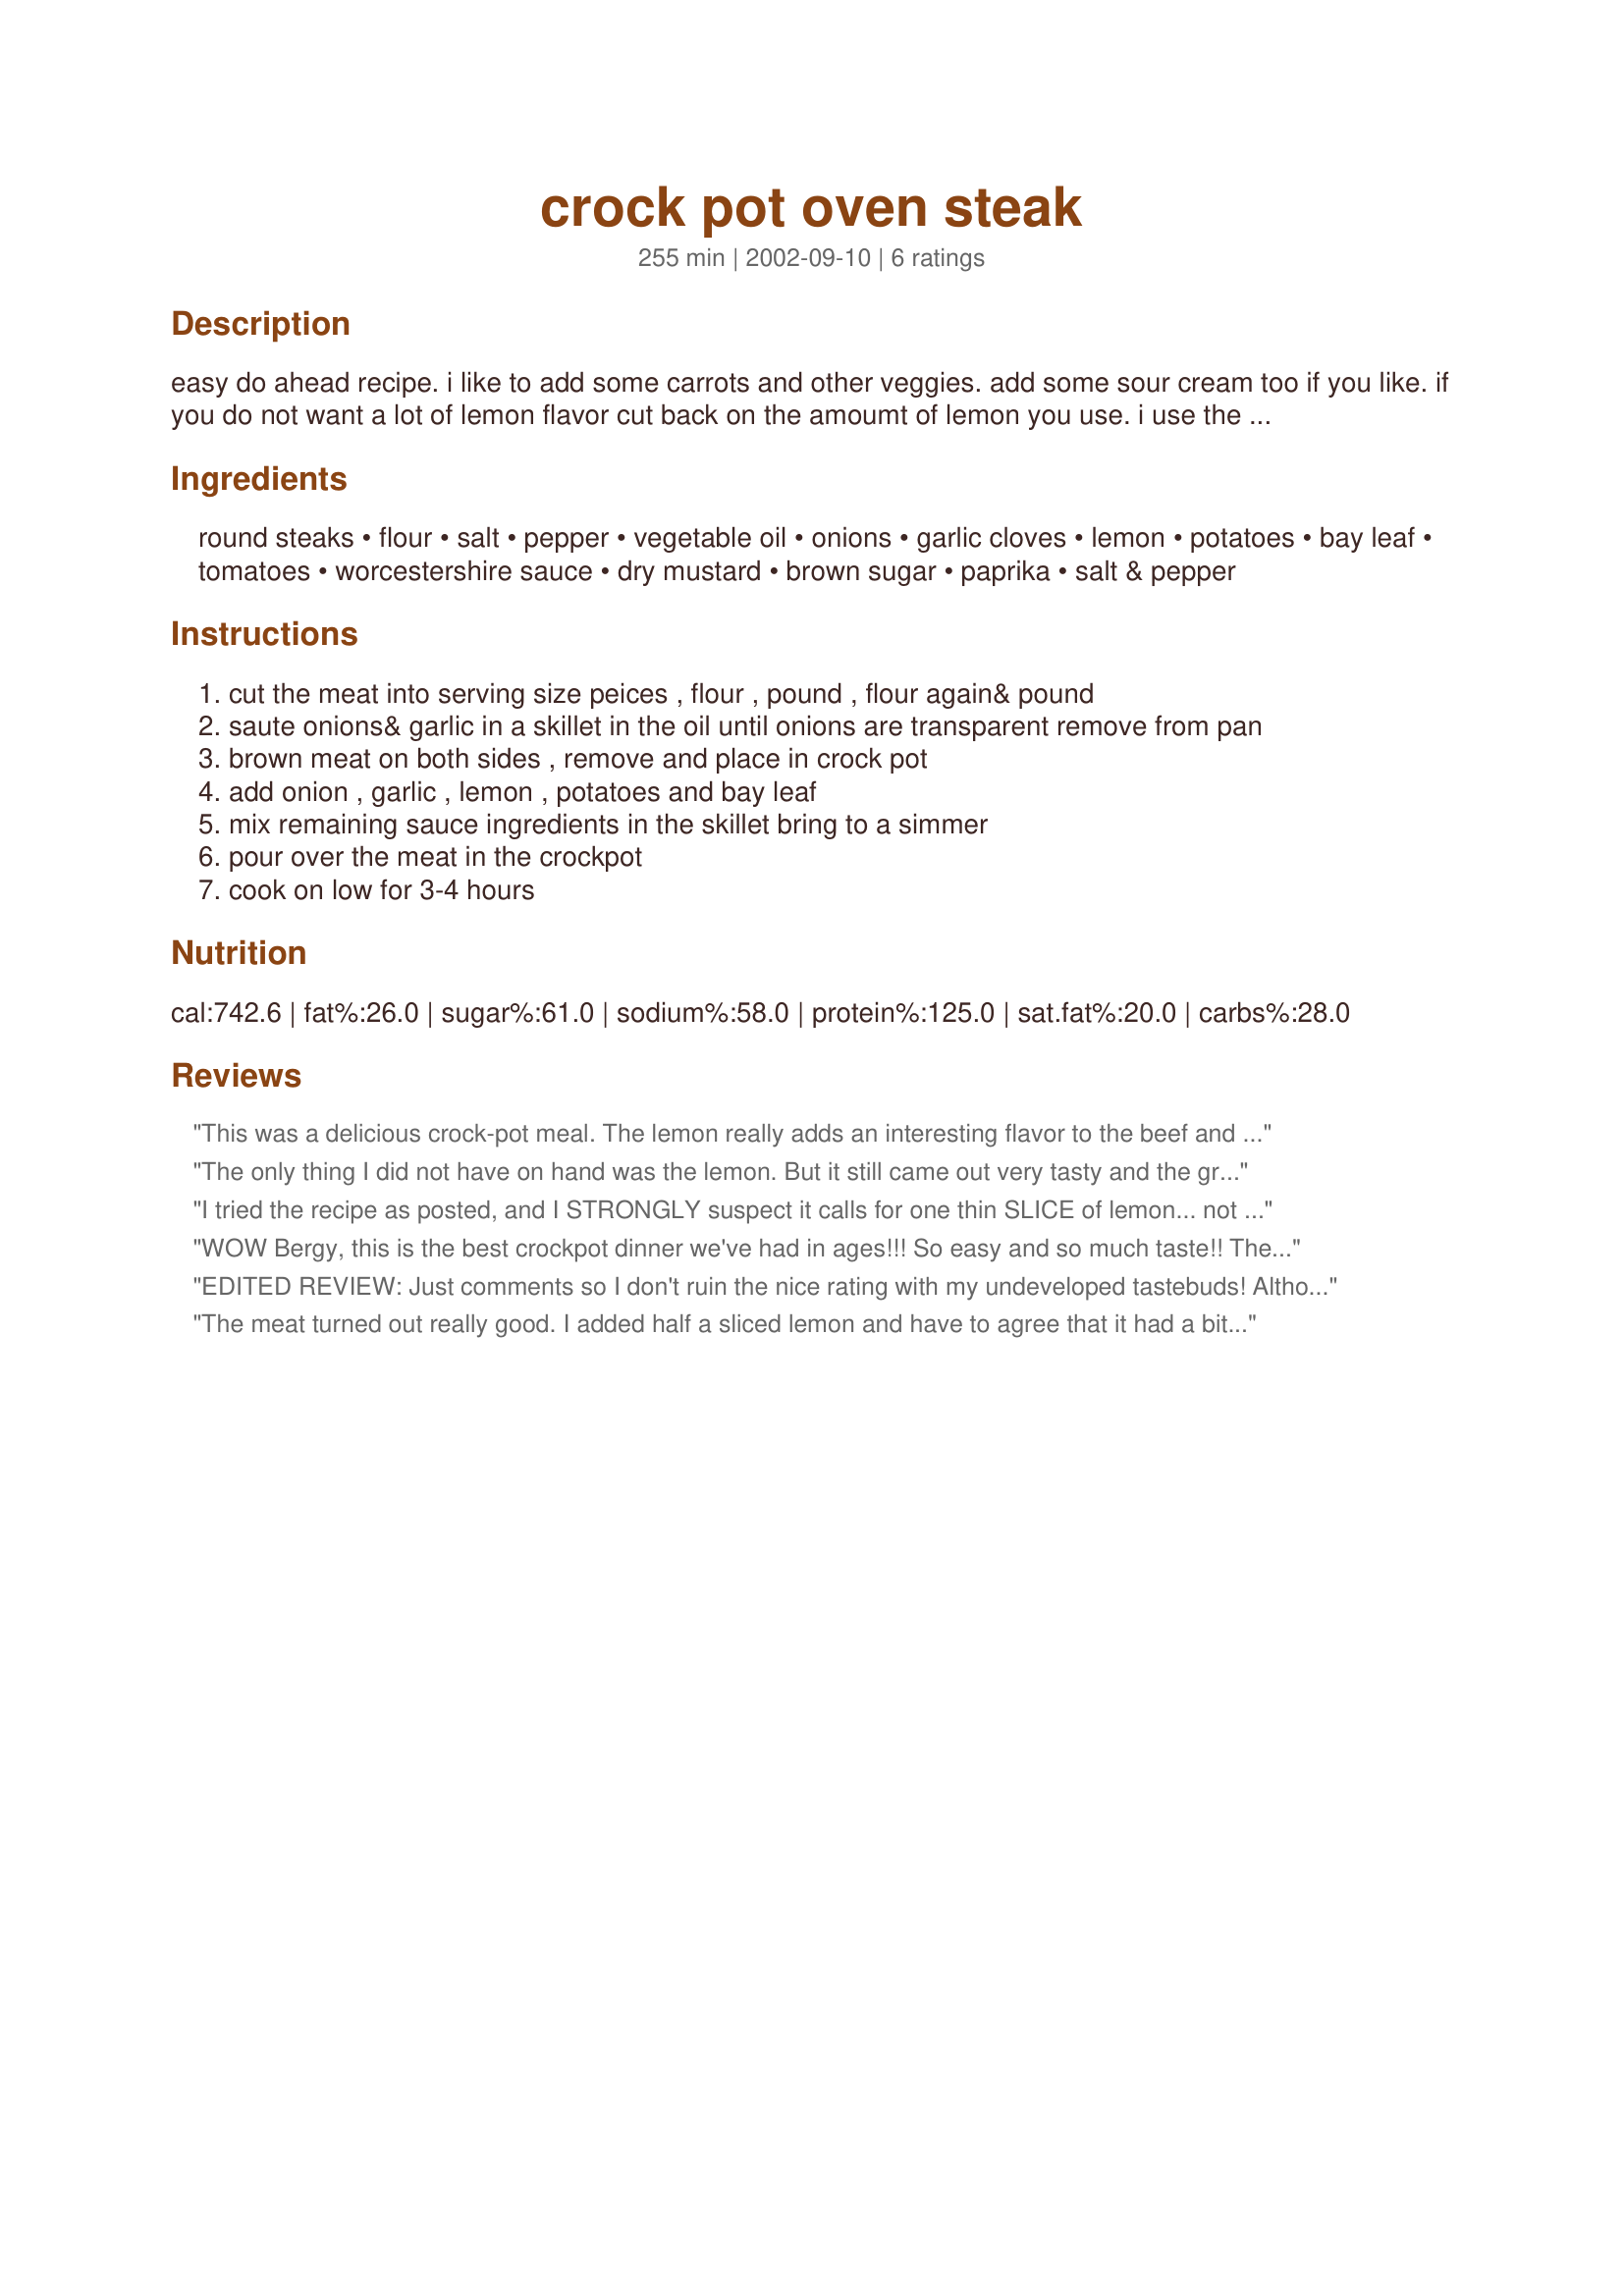
crock pot oven steak
Preparation time: 255 minutes

easy do ahead recipe. i like to add some carrots and other veggies. add some sour cream too if you like. if you do not want a lot of lemon flavor cut back on the amoumt of lemon you use. i use the whole lemon but as you can see by one review it is too much for some taste buds

Ingredients:
round steaks, flour, salt, pepper, vegetable oil, onions, garlic cloves, lemon, potatoes, bay leaf, tomatoes, worcestershire sauce, dry mustard, brown sugar, paprika, salt & pepper

Steps:
cut the meat into serving size peices , flour , pound , flour again& pound
saute onions& garlic in a skillet in the oil until onions are transparent remove from pan
brown meat on both sides , remove and place in crock pot
add onion , garlic , lemon , potatoes and bay leaf
mix remaining sauce ingredients in the skillet bring to a simmer
pour over the meat in the crockpot
cook on low for 3-4 hours

Reviews:
This was a delicious crock-pot meal. The lemon really adds an interesting flavor to the beef and vegetables. I also cooked for 3 hours and that was perfect--not overdone. The sauce was delicious and I found myself slurping it up with a spoon. My family liked it too and since that is the main reason I cook--I was very pleased. Thanks for posting.
The only thing I did not have on hand was the lemon. But it still came out very tasty and the gravy was great over the potatoes. So Bergy, just how much lemon rind do you use? 1 strip, 1/4 of a lemon or the whole peel of a lemon ? Just wondering because I want to make this again. Another winner, thanks.
I tried the recipe as posted, and I STRONGLY suspect it calls for one thin SLICE of lemon... not the whole lemon thinly sliced... otherwise it's overpoweringly lemony!
WOW Bergy, this is the best crockpot dinner we've had in ages!!! So easy and so much taste!! The only change I made was to add some baby carrots. It's amazing what a wonderful taste the lemons add to this, they really compliment the rest of the ingredients, and very strange, they must disintigrate completely because there was no sign of them in the end result.(except for taste!) The dry mustard also adds greatly to the steak. It was cooked perfectly at 3 hours and not overcooked as are so may crockpot reciepes. The steak was fork tender and still in one piece, the potatoes were tender and the carrots, just barely had a crunch left. A perfectly wonderfull dinner!!!
Thanks for posting this one, it will go in my hard copy!!
EDITED REVIEW: Just comments so I don't ruin the nice rating with my undeveloped tastebuds! Although I had reservations, I did added a whole lemon, rind on...thinly sliced as the recipe called for. I also followed the rest of the recipe perfectly...and in the end, the lemon was overpowering to us. This recipe tastes very stongly of zest. I know a lot of people like that. Tastes are subjective, of course and our tastes do not agree with the strong taste of lemon peel. Thank you for posting this recipe! I enjoyed seeing how far I could take our tastebuds!
The meat turned out really good. I added half a sliced lemon and have to agree that it had a bit too much acidity in the sauce. I think if I did the recipe again I might just squeeze the juice from half a lemon in. I think the rind is what kind of pushes the tang over the top.
